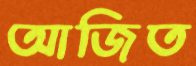
আজিত